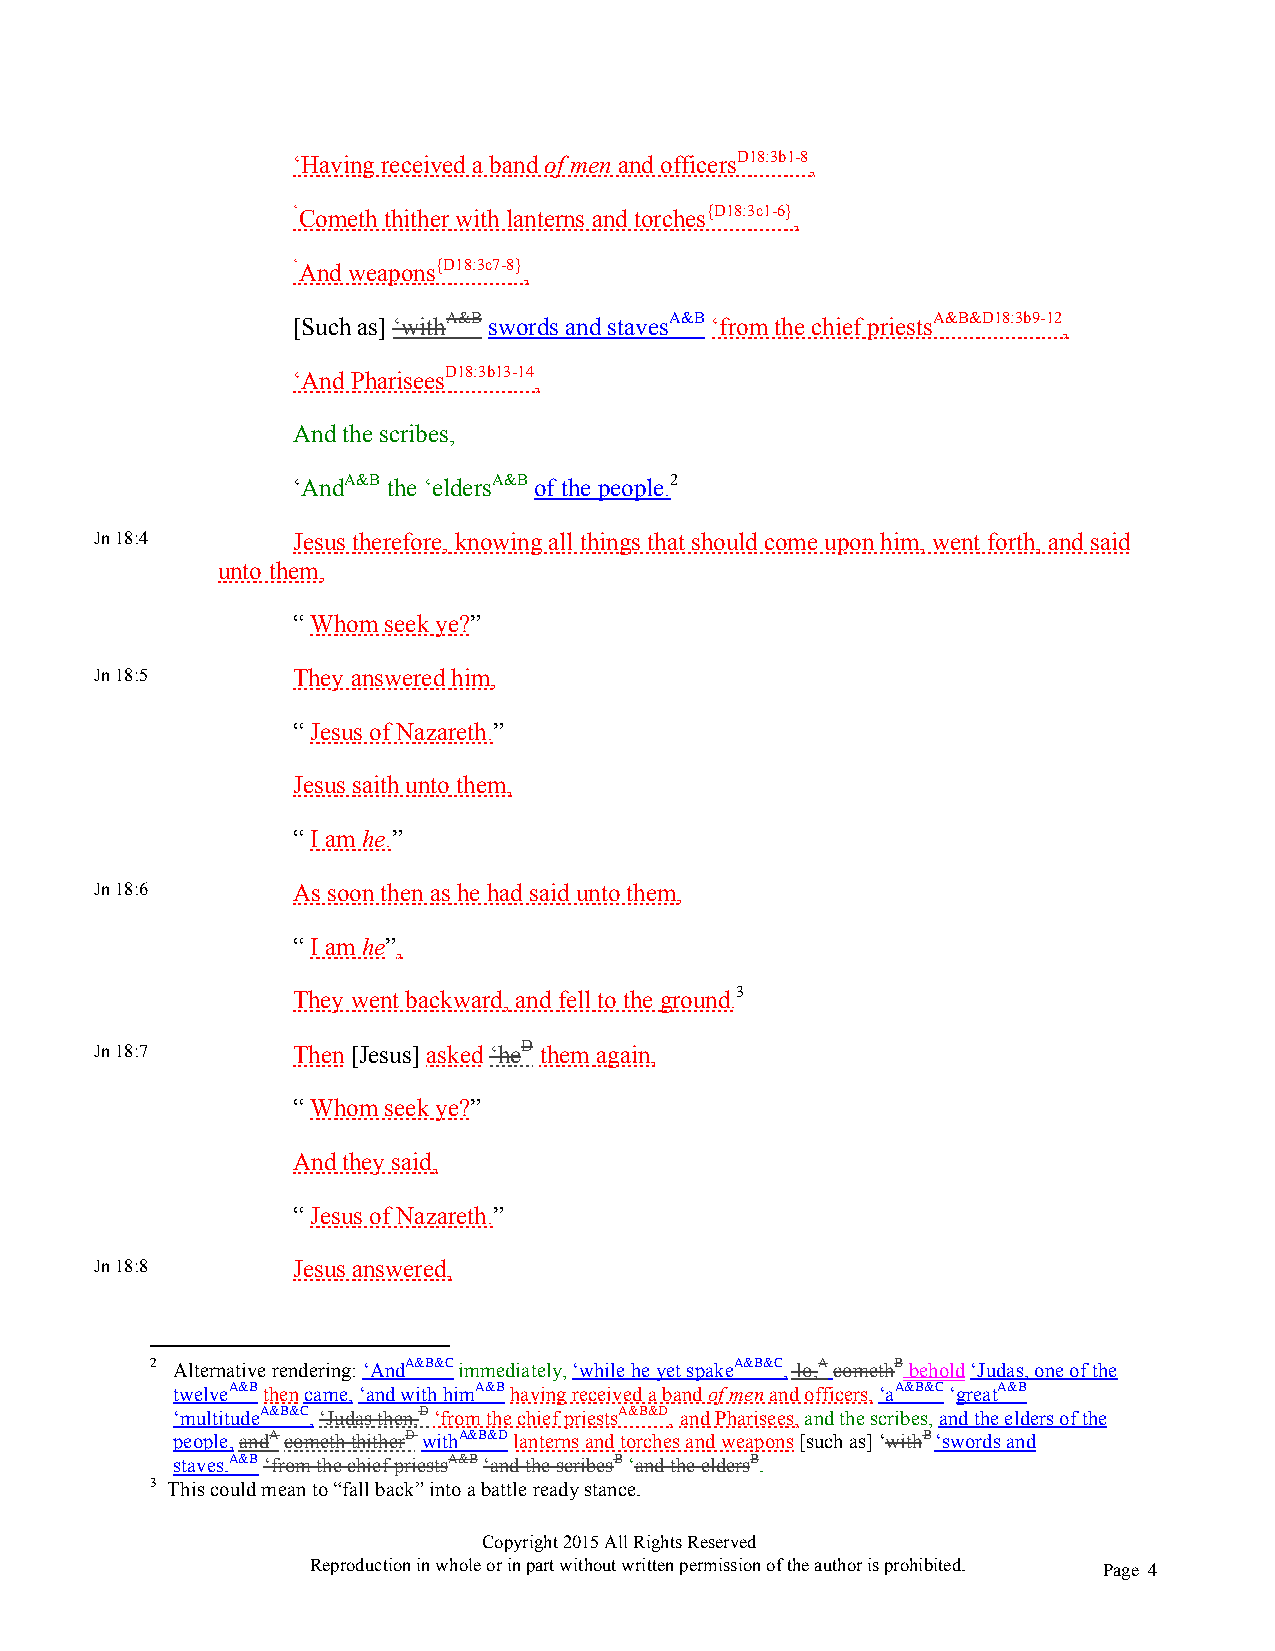
‘Having received a band of men and officersD18:3b1-8,
 ‘Cometh thither with lanterns and torches{D18:3c1-6},
 ‘And weapons{D18:3c7-8},
 [Such as] ‘withA&B swords and stavesA&B ‘from the chief priestsA&B&D18:3b9-12,
 ‘And PhariseesD18:3b13-14,
 And the scribes,
 ‘AndA&B the ‘eldersA&B of the people.2
 Jn 18:4      Jesus therefore, knowing all things that should come upon him, went forth, and said
 unto them,
 “ Whom seek ye?”
 Jn 18:5      They answered him,
 “ Jesus of Nazareth.”
 Jesus saith unto them,
 “ I am he.”
 Jn 18:6      As soon then as he had said unto them,
 “ I am he”,
 They went backward, and fell to the ground.3
 Jn 18:7      Then [Jesus] asked ‘heD them again,
 “ Whom seek ye?”
 And they said,
 “ Jesus of Nazareth.”
 Jn 18:8      Jesus answered,
 2 Alternative rendering: ‘AndA&B&C immediately, ‘while he yet spakeA&B&C, lo,A comethB behold ‘Judas, one of the
 twelveA&B then came, ‘and with himA&B having received a band of men and officers, ‘aA&B&C ‘greatA&B
 ‘multitudeA&B&C, ‘Judas then,D ‘from the chief priestsA&B&D, and Pharisees, and the scribes, and the elders of the
 people, andA cometh thitherD withA&B&D lanterns and torches and weapons [such as] ‘withB ‘swords and
 staves.A&B ‘from the chief priestsA&B ‘and the scribesB ‘and the eldersB.
 3 This could mean to “fall back” into a battle ready stance.
 Copyright 2015 All Rights Reserved
 Reproduction in whole or in part without written permission of the author is prohibited. Page 4